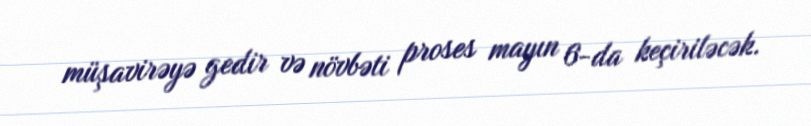
müşavirəyə gedir və növbəti proses mayın 6-da keçiriləcək.